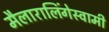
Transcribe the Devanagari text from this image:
मैलारालिंगेस्वामी